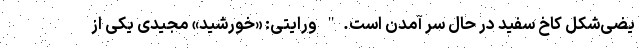
یضی‌شکل کاخ سفید در حال سر آمدن است." ورایتی: «خورشید» مجیدی یکی از